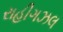
રાહીગઝલ